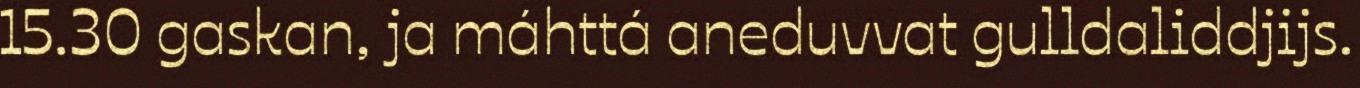
15.30 gaskan, ja máhttá aneduvvat gulldaliddjijs.